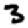
Digit: 3